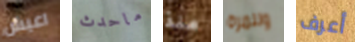
اعيش ماحدث منذ وللمرة أعرف